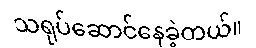
သရုပ်ဆောင်နေခဲ့တယ်။